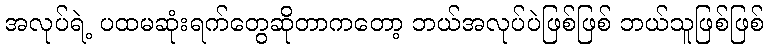
အလုပ်ရဲ့ ပထမဆုံးရက်တွေဆိုတာကတော့ ဘယ်အလုပ်ပဲဖြစ်ဖြစ် ဘယ်သူဖြစ်ဖြစ်